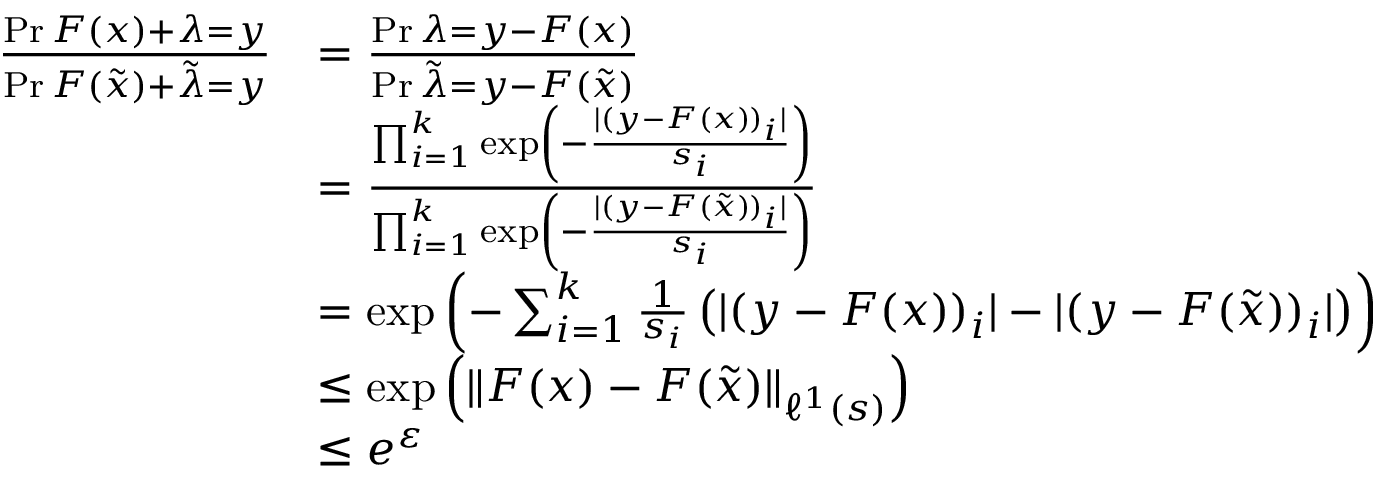
\begin{array} { r l } { \frac { \operatorname* { P r } { F ( x ) + \lambda = y } } { \operatorname* { P r } { F ( \tilde { x } ) + \tilde { \lambda } = y } } } & { = \frac { \operatorname* { P r } { \lambda = y - F ( x ) } } { \operatorname* { P r } { { \tilde { \lambda } } = { y - F ( \tilde { x } ) } } } } \\ & { = \frac { \prod _ { i = 1 } ^ { k } \exp \left( - \frac { | ( y - F ( x ) ) _ { i } | } { s _ { i } } \right) } { \prod _ { i = 1 } ^ { k } \exp \left( - \frac { | ( y - F ( \tilde { x } ) ) _ { i } | } { s _ { i } } \right) } } \\ & { = \exp \left( - \sum _ { i = 1 } ^ { k } \frac { 1 } { s _ { i } } \left( | ( y - F ( x ) ) _ { i } | - | ( y - F ( \tilde { x } ) ) _ { i } | \right) \right) } \\ & { \leq \exp \left( \| F ( x ) - F ( \tilde { x } ) \| _ { \ell ^ { 1 } ( s ) } \right) } \\ & { \leq e ^ { \varepsilon } } \end{array}